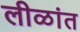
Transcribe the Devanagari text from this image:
लीळांत